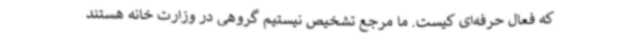
که فعال حرفه‌ای کیست. ما مرجع تشخیص نیستیم گروهی در وزارت خانه هستند